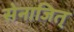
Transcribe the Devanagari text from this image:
सेनाजित्